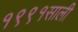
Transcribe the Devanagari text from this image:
१९९१साली